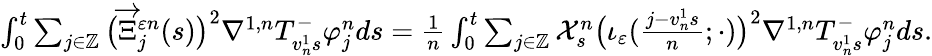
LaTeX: \begin{array}{r}{\int_{0}^{t}\sum_{j\in\mathbb{Z}}\big(\overrightarrow{\Xi}_{j}^{\varepsilon n}(s)\big)^{2}\nabla^{1,n}T_{v_{n}^{1}s}^{-}\varphi_{j}^{n}ds=\frac{1}{n}\int_{0}^{t}\sum_{j\in\mathbb{Z}}\mathcal{X}_{s}^{n}\big(\iota_{\varepsilon}({\textstyle\frac{j-v_{n}^{1}s}{n}};\cdot)\big)^{2}\nabla^{1,n}T_{v_{n}^{1}s}^{-}\varphi_{j}^{n}ds.}\end{array}